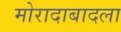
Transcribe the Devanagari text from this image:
मोरादाबादला